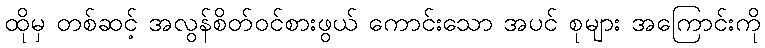
ထိုမှ တစ်ဆင့် အလွန်စိတ်ဝင်စားဖွယ် ကောင်းသော အပင် စုများ အကြောင်းကို